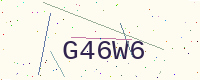
Text: G46W6